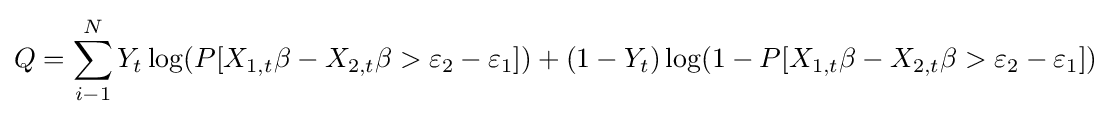
Q=\sum _{i-1}^{N}Y_{t}\log(P[X_{1,t}\beta -X_{2,t}\beta >\varepsilon _{2}-\varepsilon _{1}])+(1-Y_{t})\log(1-P[X_{1,t}\beta -X_{2,t}\beta >\varepsilon _{2}-\varepsilon _{1}])